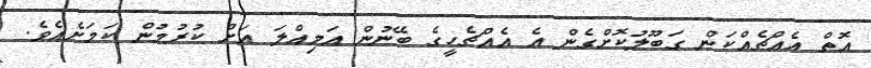
އޮތް އެއްޗެއްކަން ގަބޫލުކޮށްގެން އެ އެއްޗެހީގެ ބޭނުން އަމިއްލަ އަށް ކުރުމުން ކަމަށެއެވެ.